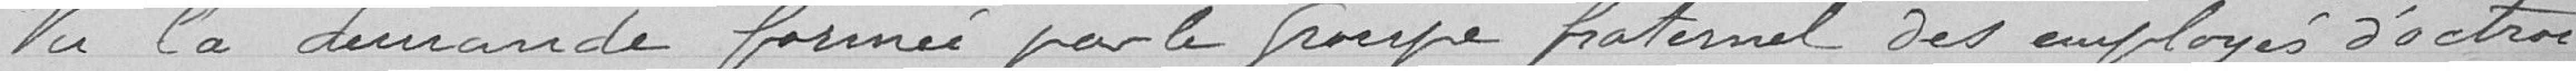
Vu la demande fournie par le groupe fraternel des employés d'octroi